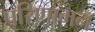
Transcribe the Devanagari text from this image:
परिणामन